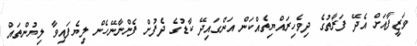
ވަޒީފާއަށް އެދޭ ފަރާތުގެ ދިވެހިރައްޔިތެއްކަން އަންގައިދޭ ކާޑުގެ ދެފުށް ފެންނާނޭހެން ލިޔެފައިވާ ލިޔުންތައް